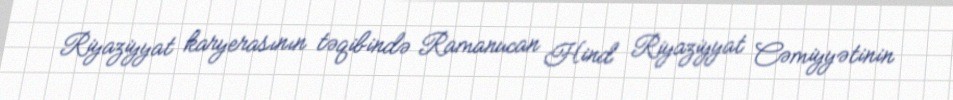
Riyaziyyat karyerasının təqibində Ramanucan Hind Riyaziyyat Cəmiyyətinin